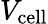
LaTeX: V_{\mathrm{cell}}